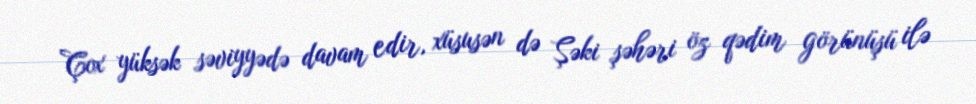
Çox yüksək səviyyədə davam edir, xüsusən də Şəki şəhəri öz qədim görünüşü ilə